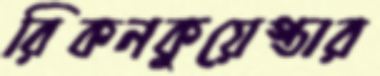
রিকনকুয়েস্তার